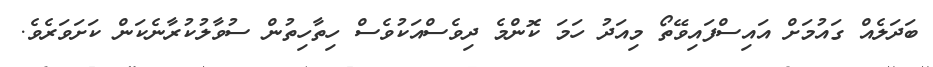
ބަދަލެއް ގައުމަށް އައިސްފައިވޭތޯ މިއަދު ހަމަ ކޮންމެ ދިވެސްއަކުވެސް ހިތާހިތުން ސުވާލުކުރާނެކަން ކަށަވަރެވެ.